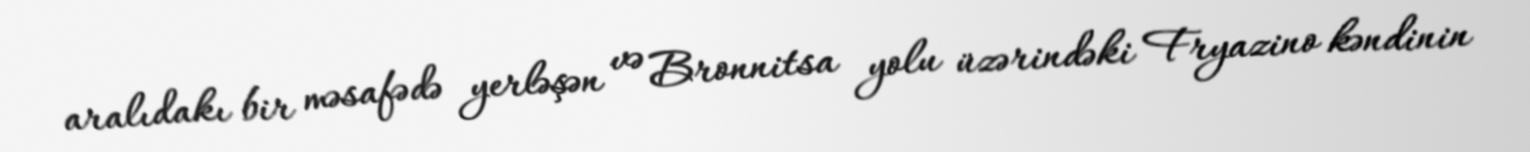
aralıdakı bir məsafədə yerləşən və Bronnitsa yolu üzərindəki Fryazino kəndinin